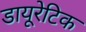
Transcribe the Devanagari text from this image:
डायूरेटिक